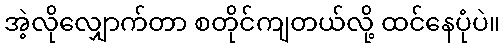
အဲ့လိုလျှောက်တာ စတိုင်ကျတယ်လို့ ထင်နေပုံပဲ။